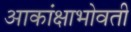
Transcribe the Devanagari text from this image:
आकांक्षाभोवती